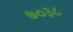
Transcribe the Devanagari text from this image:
७०३८